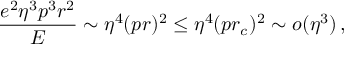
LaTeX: { \frac { e ^ { 2 } \eta ^ { 3 } p ^ { 3 } r ^ { 2 } } { E } } \sim \eta ^ { 4 } ( p r ) ^ { 2 } \le \eta ^ { 4 } ( p r _ { c } ) ^ { 2 } \sim o ( \eta ^ { 3 } ) \, ,